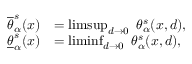
\begin{array} { r l } { \overline { { \theta } } _ { \alpha } ^ { s } ( x ) } & { = \operatorname* { l i m s u p } _ { d \rightarrow 0 } \mathrm { ~ } \theta _ { \alpha } ^ { s } ( x , d ) , } \\ { \underline { { \theta } } _ { \alpha } ^ { s } ( x ) } & { = \operatorname* { l i m i n f } _ { d \rightarrow 0 } \mathrm { ~ } \theta _ { \alpha } ^ { s } ( x , d ) , } \end{array}